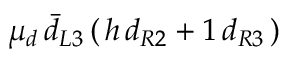
\mu _ { d } \, \bar { d } _ { L 3 } \, ( \, h \, d _ { R 2 } + 1 \, d _ { R 3 } \, )